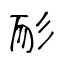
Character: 耏